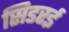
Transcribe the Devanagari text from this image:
सिडरई